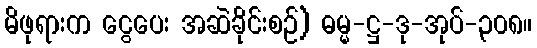
မိဖုရားက ငွေပေး အဆဲခိုင်းစဉ်) ဓမ္မ-ဋ္ဌ-ဒု-အုပ်-၃၀၈။